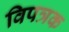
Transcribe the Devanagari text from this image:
विपत्रक